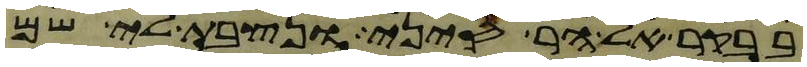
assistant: בבקר אל הר סיני ונצבת לי שם